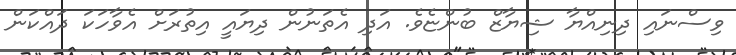
ވިސްނައި ދިނިއްޔާ ޝިޔާޒް ބުންޏެވެ. އަދި އެތަނުން ދިޔައީ އިތުރަށް އެވާހަކަ ދައްކަން